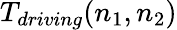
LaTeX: T_{driving}(n_{1},n_{2})